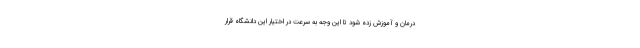
درمان و آموزش زده شود تا این وجه به سرعت در اختیار این دانشگاه قرار